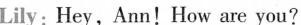
Lily: Hey, Ann!How are you?